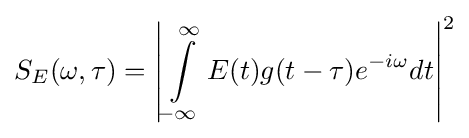
S_{E}(\omega ,\tau )=\left\vert \int \limits _{-\infty }^{\infty }E(t)g(t-\tau )e^{-i\omega }dt\right\vert ^{2}